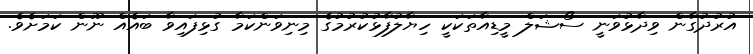
އުރުދުގާން ވިދާޅުވަނީ ސޯޝަލް މީޑިއާތަކަކީ ހިޔާލުފާޅުކުރުމުގެ މިނިވަންކަމާ ގުޅިފައިވާ ބައެއް ނޫން ކަމަށެވެ.